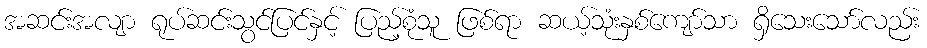
အဆင်းအလျာ ရုပ်ဆင်းသွင်ပြင်နှင့် ပြည့်စုံသူ ဖြစ်ရာ ဆယ့်သုံးနှစ်ကျော်သာ ရှိသေးသော်လည်း